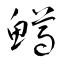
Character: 鱒